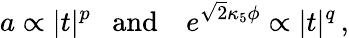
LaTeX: a\propto|t|^{p}~~~\mathrm{and}~~~~e^{\sqrt{2}\kappa_{5}\phi}\propto|t|^{q}\, ,